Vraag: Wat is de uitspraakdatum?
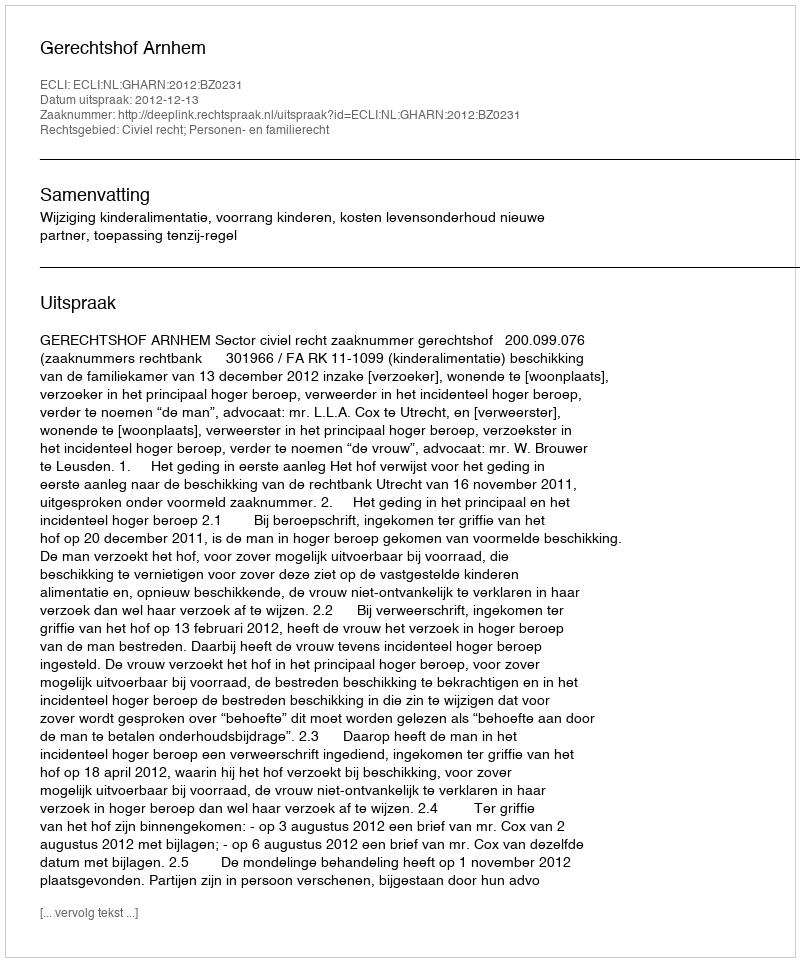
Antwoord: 2012-12-13